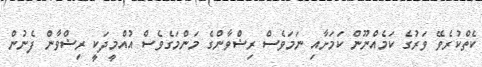
ކެތްކުރެވޭ ވަރުގެ ކަމެއްނޫން ކަމަށާއި ނަމަވެސް ރިޟްވާންގެ މަންމަގެވެސް އުއްމީދަކީ ރިޟްވާން ފެނުން